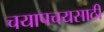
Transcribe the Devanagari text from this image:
चयापचयसाठी